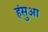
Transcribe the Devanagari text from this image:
हंसुआ